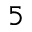
^ 5